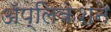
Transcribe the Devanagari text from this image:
अॅप्लिकेशने